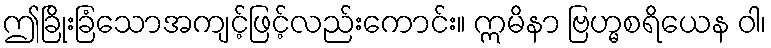
ဤခြိုးခြံသောအကျင့်ဖြင့်လည်းကောင်း။ ဣမိနာ ဗြဟ္မစရိယေန ဝါ၊